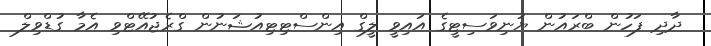
ދާދި ފަހުން ބްރައުން ޔުނިވަސިޓީގެ އައިވީ ލީގް އިންސްޓިޓިއުޝަނުން ގްރެޖުއޭޓްވި އެމާ ގުޑްވިލް